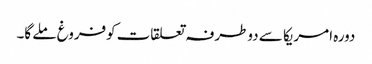
دورہ امریکا سے دوطرفہ تعلقات کوفروغ ملے گا۔